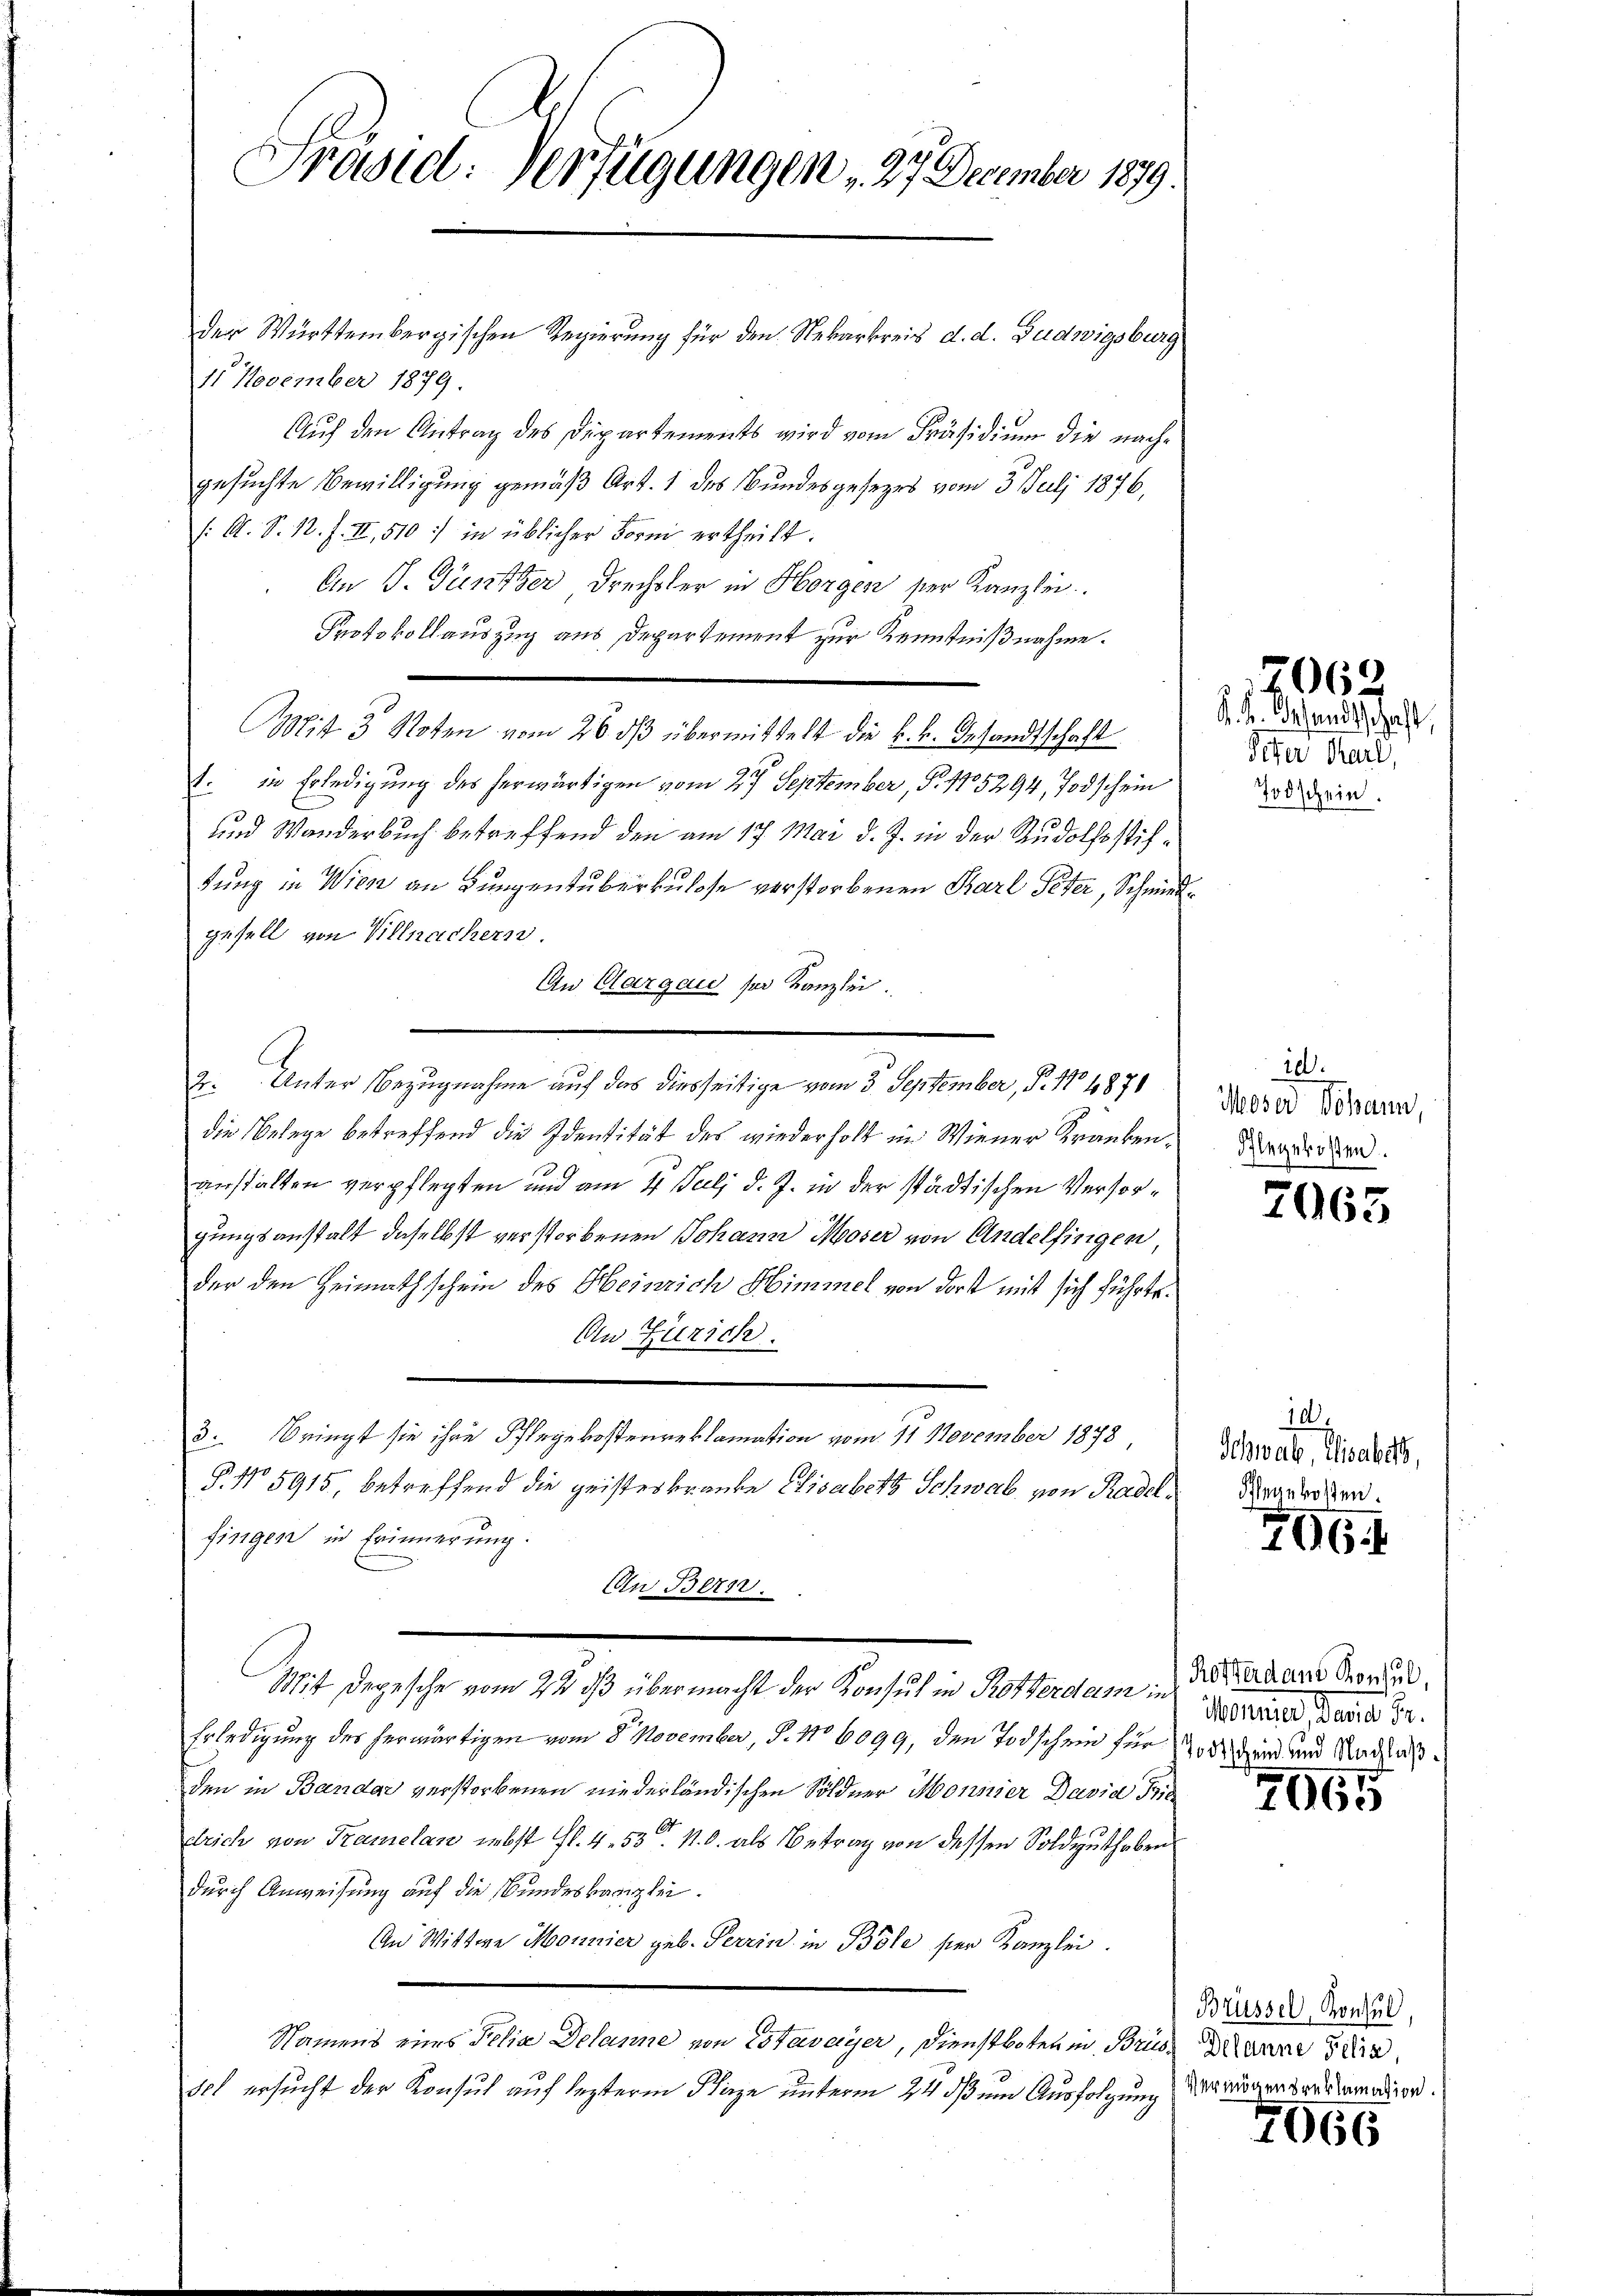
Präsid. Verfügungen 27 December 1879.

der Württembergischen Regierung für den Nekarkreis d. d. Budwigsburg
11 November 1879.
Auf den Antrag des Departements wird vom Präsidium die nachgesuchte Bewilligung gemäß Art. 1 des Bundesgesezes vom 3. Juli 1876,
(: A. S. 18. f. II, 510: in üblicher Form ertheilt.
An J. Püntzer drechsler in Horgen ser Kanzlei
Protokollauszug aus Departement zur Kenntnißnahme.
Mist 3 Noten vom 26. dβ übermittelt die k. k. Gesandtschaft
1. in Erledigung des herwärtigen vom 27. September, P. 1705294, Todschein
und Wanderbuch betreffend den am 17. Mai d. J. in der Rudolfsstiftung in Wien an Lungentuberkulose verstorbenen Karl Peter, Schmiedgesell von Villnachern.
An Clargau sei Kanzlei.
2. Unter Bezugnahme auf das diesseitige vom 3. September, P. 17. 1871
die Belege betreffend die Identität des wiederholt in Wiener Krankenanstalten verpflegten und am 4. Juli d. J. in der städtischen Verforgungsanstalt daselbst verstorbenen Johann Moser von Andelfingen
der den Heimathschein des Heinrich Himmel von dort mit sich führte.
An Zürich.
3. Bringt sie ihre Pflegekostenreklamation vom 11. November 1878,
§. No 5915, betreffend die geisteskranke Elisabeth Schwab, von Radelfingen in Erinnerung.
In Bern.
Mit Degesche vom 22 23 übermacht der Konsul in Rotterdam in
Erledigung des herwärtigen vom 8. November, P. No 6099, den Todschein für 100 und und Nachlaßden in Bandar verstorbenen niederländischen Söldner Monnier David Frie
drich von Tramelan nebst fl. 453. 10. als Betrag von dessen Soldguthaben
durch Anweisung auf die Bundeskanzlei.
An Wittwe Monnier geb. Perrin in Böle ser Kanzlei.
Namens eines Felix Delanne von Estavayer, Dienstboten in Bris Manne die
Ich ersucht der Konsul auf lezterm Plaze unterm 24. ds um Ausfolgung (Varögensverlamation.

K. Fr. sandtschaft,
Peter Karl,
Todschein.

12062

i
Moser Johann.
Flegekosten.

7965

1
Schwab, Elisabeth,
Sennholen.

7964

Roffer dans Konsul,
Monnier, Dania Fr.

7065

Brüssel, Konsul,

7066